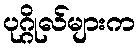
ပုဂ္ဂိုလ်များက